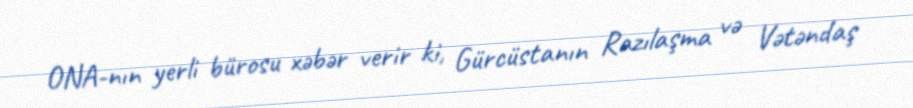
ONA-nın yerli bürosu xəbər verir ki, Gürcüstanın Razılaşma və Vətəndaş